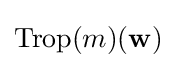
\operatorname {Trop} (m)(\mathbf {w} )